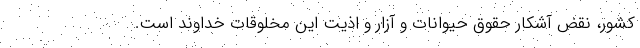
کشور، نقض آشکار حقوق حیوانات و آزار و اذیت این مخلوقات خداوند است.